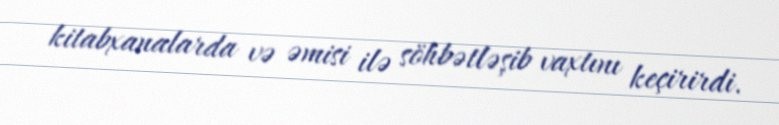
kitabxanalarda və əmisi ilə söhbətləşib vaxtını keçirirdi.